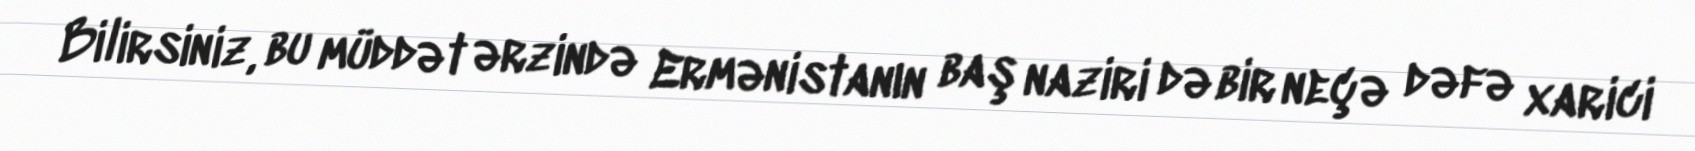
Bilirsiniz, bu müddət ərzində Ermənistanın baş naziri də bir neçə dəfə xarici